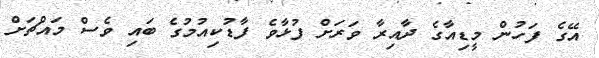
އޭގެ ފަހުން މީޑިއާގެ ދާއިރާ ވަރަށް ފުޅާވެ ފާޑުކިއުމުގެ ބައި ވެސް މައްޗަށް